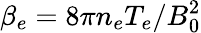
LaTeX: \beta_{e}=8\pi n_{e}T_{e}/B_{0}^{2}